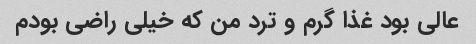
عالی بود غذا گرم و ترد من که خیلی راضی بودم